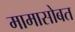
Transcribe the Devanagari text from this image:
मामासोबत